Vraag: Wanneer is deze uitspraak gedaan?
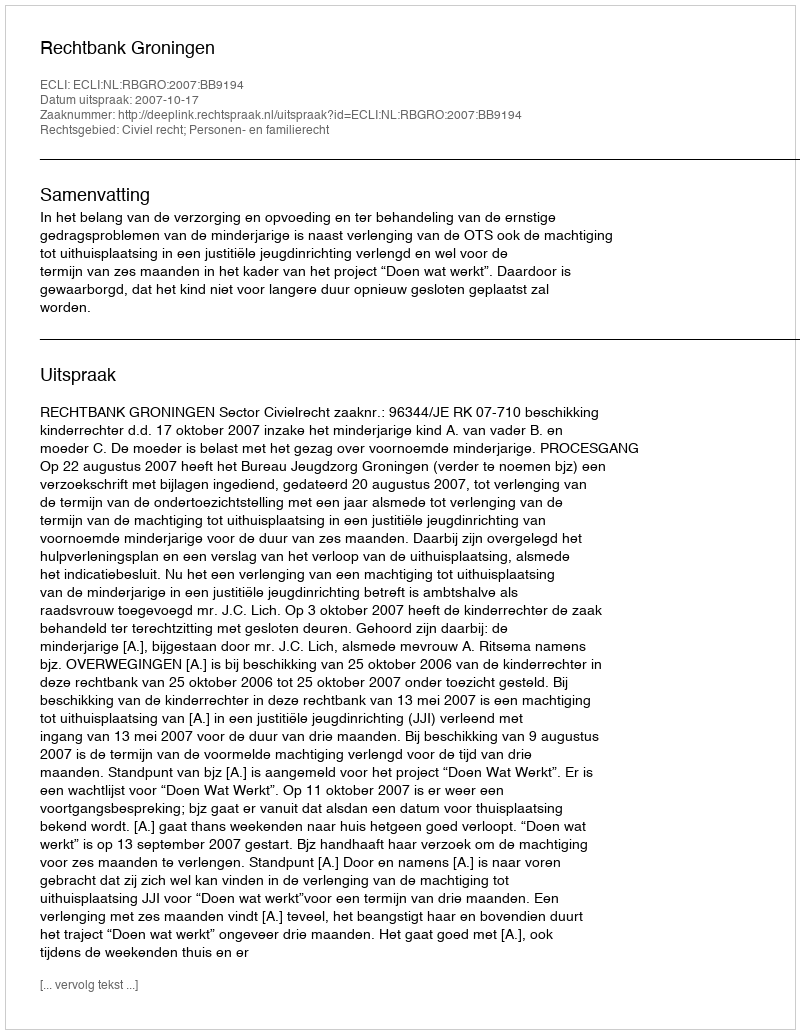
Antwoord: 2007-10-17